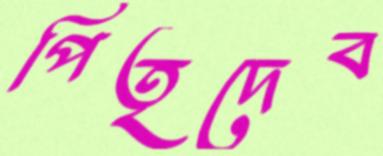
পিতৃদেব